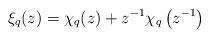
LaTeX: \begin{align*} \xi_{q}(z)=\chi_{q}(z)+z^{-1}\chi_{q}\left(z^{-1}\right) \end{align*}